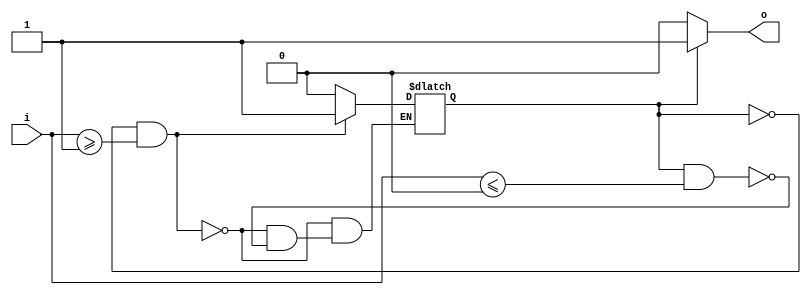
module schmitt_trigger_buffer (
  input wire i,
  output reg o
);

reg schmitt_trigger;
parameter threshold_high = 1'b1;
parameter threshold_low = 1'b0;

always @* begin
  if (!schmitt_trigger && i >= threshold_high)
    schmitt_trigger = 1'b1;
  else if (schmitt_trigger && i <= threshold_low)
    schmitt_trigger = 1'b0;
end

always @* begin
  if (schmitt_trigger)
    o = 1'b1;
  else
    o = 1'b0;
end

endmodule